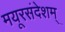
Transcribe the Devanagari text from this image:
मयूरसंदेशम्